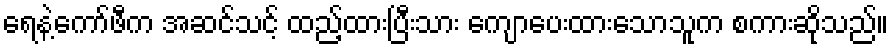
ရေနဲ့ကော်ဖီက အဆင်သင့် ထည့်ထားပြီးသား ကျောပေးထားသောသူက စကားဆိုသည်။